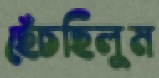
ছেঁচছিলুম